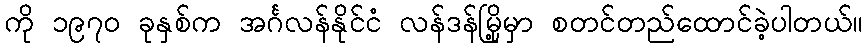
ကို ၁၉၇၀ ခုနှစ်က အင်္ဂလန်နိုင်ငံ လန်ဒန်မြို့မှာ စတင်တည်ထောင်ခဲ့ပါတယ်။